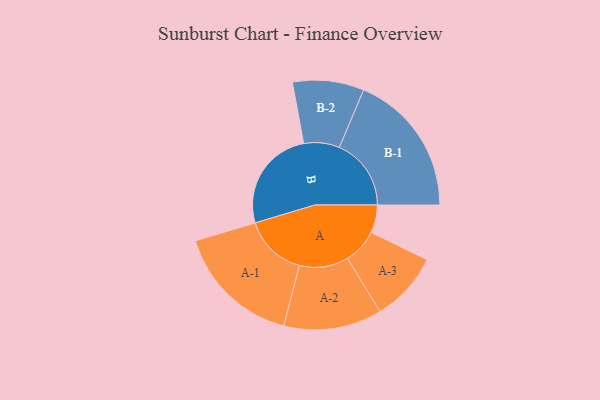
{"axis": {"x": "Segment", "y": "Value"}, "legend": ["", "A", "B"], "data": [{"x": "A", "y": 110, "type": ""}, {"x": "B", "y": 407, "type": ""}, {"x": "A-1", "y": 249, "type": "A"}, {"x": "A-2", "y": 194, "type": "A"}, {"x": "A-3", "y": 138, "type": "A"}, {"x": "B-1", "y": 284, "type": "B"}, {"x": "B-2", "y": 141, "type": "B"}]}